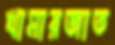
খামারজাত